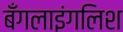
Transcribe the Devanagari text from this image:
बँगलाइंगलिश